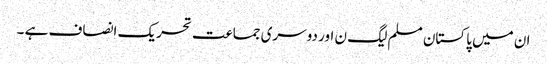
ان میں پاکستان مسلم لیگ ن اور دوسری جماعت تحریک انصاف ہے ۔